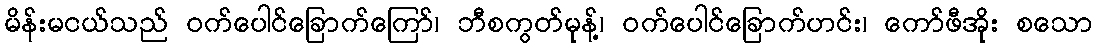
မိန်းမငယ်သည် ဝက်ပေါင်ခြောက်ကြော်၊ ဘီစကွတ်မုန့်၊ ဝက်ပေါင်ခြောက်ဟင်း၊ ကော်ဖီအိုး စသော